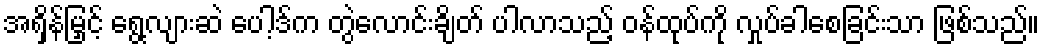
အရှိန်မြှင့် ရွေ့လျားဆဲ ပေါ့ဒ်က တွဲလောင်းချိတ် ပါလာသည့် ဝန်ထုပ်ကို လှုပ်ခါစေခြင်းသာ ဖြစ်သည်။